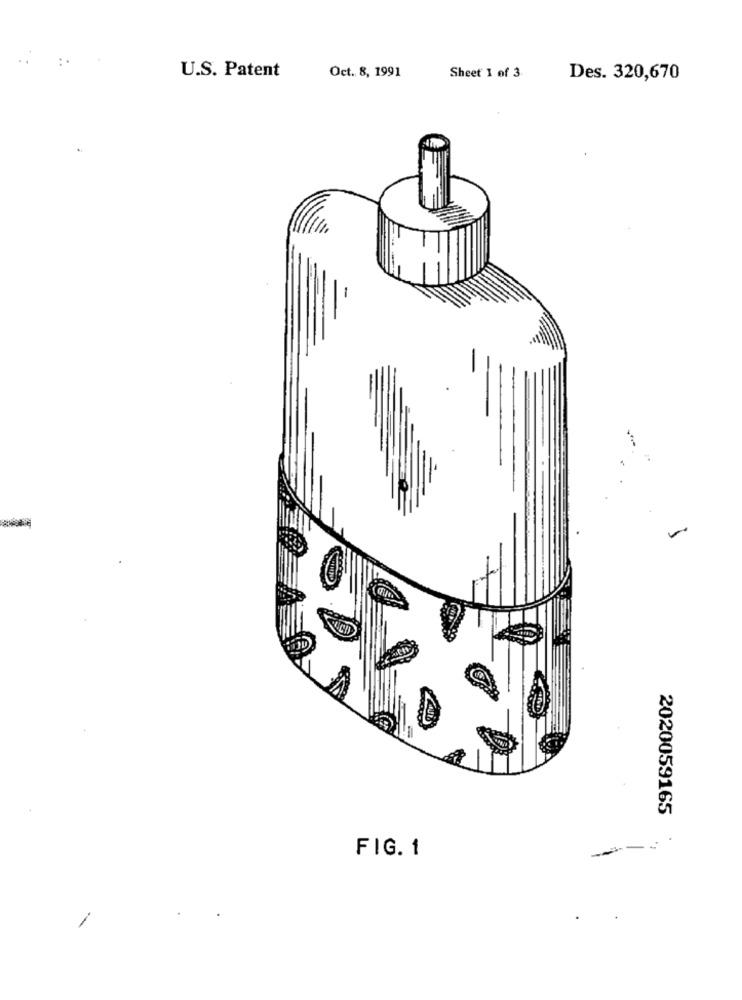
..
:.
U.S. Patent
Sheet 1 of 3.
Oct. 8, 1991
Des. 320,670
2020059165
FIG. 1
--